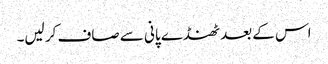
اس کے بعد ٹھنڈے پانی سے صاف کر لیں۔